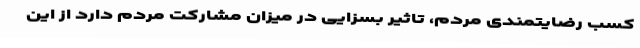
کسب رضایتمندی مردم، تاثیر بسزایی در میزان مشارکت مردم دارد از این